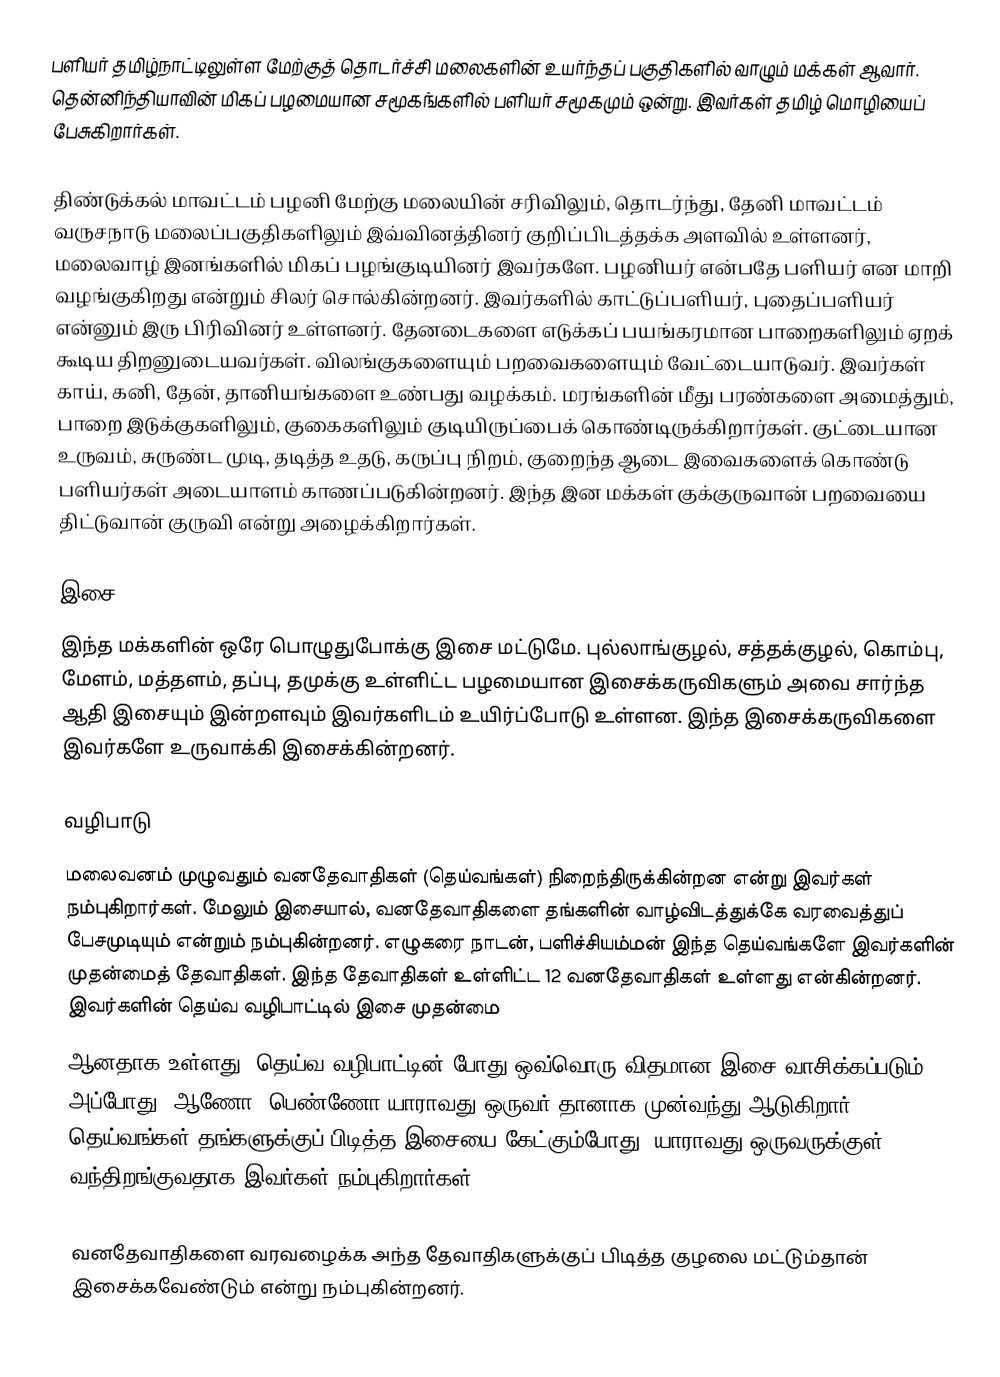
பளியர் தமிழ்நாட்டிலுள்ள மேற்குத் தொடர்ச்சி மலைகளின் உயர்ந்தப் பகுதிகளில் வாழும் மக்கள் ஆவார்.  தென்னிந்தியாவின் மிகப் பழமையான சமூகங்களில் பளியர் சமூகமும் ஒன்று.  இவர்கள் தமிழ் மொழியைப் பேசுகிறார்கள்.

திண்டுக்கல் மாவட்டம் பழனி மேற்கு மலையின் சரிவிலும், தொடர்ந்து, தேனி மாவட்டம் வருசநாடு மலைப்பகுதிகளிலும் இவ்வினத்தினர் குறிப்பிடத்தக்க அளவில் உள்ளனர், மலைவாழ் இனங்களில் மிகப் பழங்குடியினர் இவர்களே. பழனியர் என்பதே பளியர் என மாறி வழங்குகிறது என்றும் சிலர் சொல்கின்றனர். இவர்களில் காட்டுப்பளியர், புதைப்பளியர் என்னும் இரு பிரிவினர் உள்ளனர். தேனடைகளை எடுக்கப் பயங்கரமான பாறைகளிலும் ஏறக் கூடிய திறனுடையவர்கள். விலங்குகளையும் பறவைகளையும் வேட்டையாடுவர். இவர்கள் காய், கனி, தேன், தானியங்களை உண்பது வழக்கம். மரங்களின் மீது பரண்களை அமைத்தும், பாறை இடுக்குகளிலும், குகைகளிலும் குடியிருப்பைக் கொண்டிருக்கிறார்கள். குட்டையான உருவம், சுருண்ட முடி, தடித்த உதடு, கருப்பு நிறம், குறைந்த ஆடை இவைகளைக் கொண்டு பளியர்கள் அடையாளம் காணப்படுகின்றனர். இந்த இன மக்கள் குக்குருவான் பறவையை திட்டுவான் குருவி என்று அழைக்கிறார்கள்.  

இசை
இந்த மக்களின் ஒரே பொழுதுபோக்கு இசை மட்டுமே. புல்லாங்குழல், சத்தக்குழல், கொம்பு, மேளம், மத்தளம், தப்பு, தமுக்கு உள்ளிட்ட பழமையான இசைக்கருவிகளும் அவை சார்ந்த ஆதி இசையும் இன்றளவும் இவர்களிடம் உயிர்ப்போடு உள்ளன. இந்த இசைக்கருவிகளை இவர்களே உருவாக்கி இசைக்கின்றனர்.

வழிபாடு
மலைவனம் முழுவதும் வனதேவாதிகள் (தெய்வங்கள்) நிறைந்திருக்கின்றன என்று இவர்கள் நம்புகிறார்கள். மேலும் இசையால், வனதேவாதிகளை தங்களின் வாழ்விடத்துக்கே வரவைத்துப் பேசமுடியும் என்றும் நம்புகின்றனர். எழுகரை நாடன், பளிச்சியம்மன் இந்த தெய்வங்களே இவர்களின் முதன்மைத் தேவாதிகள். இந்த தேவாதிகள்  உள்ளிட்ட 12 வனதேவாதிகள் உள்ளது என்கின்றனர்.  இவர்களின்  தெய்வ வழிபாட்டில் இசை முதன்மை
ஆனதாக உள்ளது. தெய்வ வழிபாட்டின் போது ஒவ்வொரு விதமான இசை வாசிக்கப்படும். அப்போது, ஆணோ, பெண்ணோ யாராவது ஒருவர் தானாக முன்வந்து ஆடுகிறார். தெய்வங்கள் தங்களுக்குப் பிடித்த இசையை கேட்கும்போது, யாராவது ஒருவருக்குள் வந்திறங்குவதாக இவர்கள் நம்புகிறார்கள்.

வனதேவாதிகளை வரவழைக்க அந்த தேவாதிகளுக்குப் பிடித்த குழலை மட்டும்தான் இசைக்கவேண்டும் என்று நம்புகின்றனர்.